Vaccination in the Punjab 1867-1880 - 1867-1880
Year: 1867
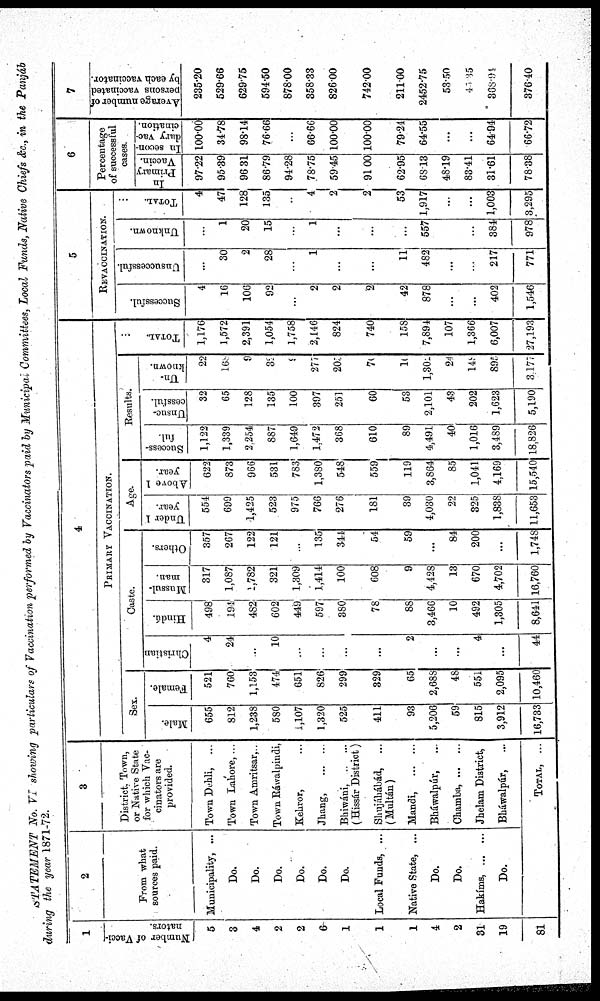
STATEMENT No. VI showing particulars of Vaccination performed by Vaccinators paid by Municipal Committes, Local Funds, Native Chiefs &c., in the Panjáb
during the year 1871-72.
1
Number of Vacci-
nators.
5
3
4
2
2
6
1
1
1
4
2
31
19
81
2
From what
sources paid.
Municipality, ...
Do.
Do.
Do.
Do.
Do.
Do.
Local Funds, ...
Native State, ...
Do.
Do.
Hakíms,
Do.
3
District. Town,
or Native State
for which Vac-
cinators are
provided.
Town Dehli, ...
Town Lahore, ...
Town Arnritsar,..
Town Ráwalpindi,
Kehror,
Jhang
Bhiwáni,
(Hissár District)
Shujáhábád,
(Multán)
Mandi,
Bháwalpúr,
Chamba,
Jhelam District,
Bháwalpúr,
Total, ...
4
PRIMARY VACCINATION.
Sex.
Male.
655
812
1,238
580
i,107
1,320
525
411
93
5,206
59
815
3,912
16,733
Female.
521
760
1,153
474
651
826
299
329
65
2,68S
48
551
2,095
10,460
Caste.
Christian.
4
24
...
10
...
...
...
2
...
...
4
...
44
Hindú.
498
194
482
602
449
597
380
78
88
3,466
10
492
1,305
8,641
Mussul-
man.
317
1,087
1,782
321
1,309
1,414
100
608
9
4,428
13
670
4,702
16,760
Others.
357
2G7
122
121
...
135
344
54
59
...
84
200
...
1,74S
Age.
Under 1
year.
554
699
-1,425
523
975
76G
276
181
39
4,030
22
325
1,838
11,653
Above 1
year.
622
873
966
531
783
1,380
548
559
119
3,864
85
1,041
4,169
15,540
Results.
Success-
ful.
1,122
1,339
2.254
887
1,649
1,472
368
610
89
4,491
40
1,016
3,489
18,826
Unsuc-
cessful.
32
65
128
135
100
397
251
60
53
2,101
43
202
1,623
5,190
Un-
known.
22
168
9
39
9
277
203
76
16
l,302
24
149
895
3177
Total
...
1,176
1,572
2,391
1,054
1,758
2,146
824
740
158
7,894
107
1,366
6,007
27,193
5
REVACCINATION.
Successful.
4
16
106
92
...
2
2
2
42
878
...
...
402
1,546
Unsuccessful.
...
30
2
28
...
1
...
...
11
482
...
...
217
771
Unknown.
...
1
20
15
...
1
...
...
...
557
...
384
978
TOTAL. ...
4
47
128
135
..
4
2
2
53
1,917
...
...
1,003
3,295
6
Percentage
of successful
cases.
In
Primary
Vaccin.
97.22
95.39
96.31
86.79
94.28
78.75
59.45
91.00
62.95
68.13
48.19
83.41
31.61
78.38
In secon-
dary vac-
cination.
100.00
34.78
98.14
76.66
...
66.66
100.00
100.00
79.24
64.55
...
...
64.94
66.72
7
Average
persons vaccinated
by each vaccinator.
235.20
529.66
629.75
594.50
878.00
358.33
826.00
742.00
211.00
2452.75
53.50
43.35
368.94
376.40